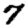
Digit: 7